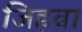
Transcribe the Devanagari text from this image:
जिहवा